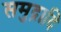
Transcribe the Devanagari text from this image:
समुद्रादि